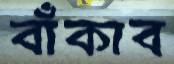
বাঁকাব